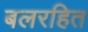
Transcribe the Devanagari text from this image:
बलरहित